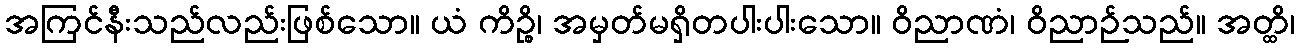
အကြင်နီးသည်လည်းဖြစ်သော။ ယံ ကိဉ္စိ၊ အမှတ်မရှိတပါးပါးသော။ ဝိညာဏံ၊ ဝိညာဉ်သည်။ အတ္ထိ၊